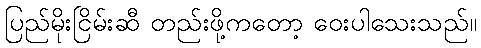
ပြည်မိုးငြိမ်းဆီ တည်းဖို့ကတော့ ဝေးပါသေးသည်။